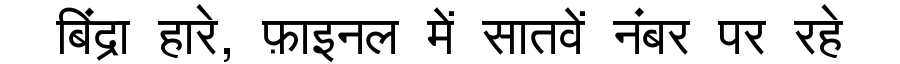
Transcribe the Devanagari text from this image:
बिंद्रा हारे, फ़ाइनल में सातवें नंबर पर रहे